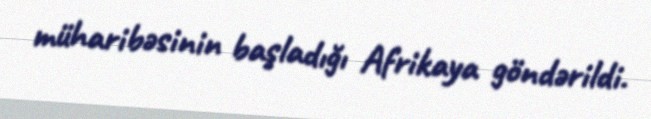
müharibəsinin başladığı Afrikaya göndərildi.